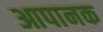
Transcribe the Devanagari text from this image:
आपानक